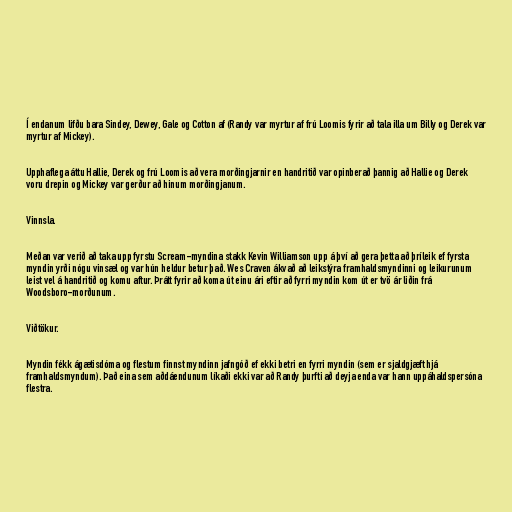
Í endanum lifðu bara Sindey, Dewey, Gale og Cotton af (Randy var myrtur af frú Loomis fyrir að tala illa um Billy og Derek var
myrtur af Mickey).

Upphaflega áttu Hallie, Derek og frú Loomis að vera morðingjarnir en handritið var opinberað þannig að Hallie og Derek
voru drepin og Mickey var gerður að hinum morðingjanum.

Vinnsla.

Meðan var verið að taka upp fyrstu Scream-myndina stakk Kevin Williamson upp á því að gera þetta að þríleik ef fyrsta
myndin yrði nógu vinsæl og var hún heldur betur það. Wes Craven ákvað að leikstýra framhaldsmyndinni og leikurunum
leist vel á handritið og komu aftur. Þrátt fyrir að koma út einu ári eftir að fyrri myndin kom út er tvö ár liðin frá
Woodsboro-morðunum.

Viðtökur.

Myndin fékk ágætisdóma og flestum finnst myndinn jafngóð ef ekki betri en fyrri myndin (sem er sjaldgjæft hjá
framhaldsmyndum). Það eina sem aðdáendunum líkaði ekki var að Randy þurfti að deyja enda var hann uppáhaldspersóna
flestra.